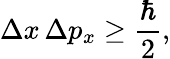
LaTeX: \Delta x\, \Delta p_{x}\geq{\frac{\hbar}{2}},